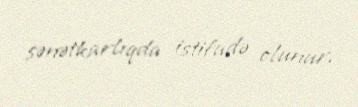
sənətkarlıqda istifadə olunur.